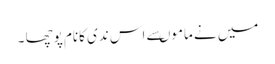
میں نے ماموںسے اس ندی کانام پوچھا ۔